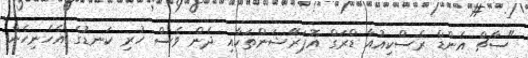
"ސާޗް އެންޑް ރެސްކިއުއާ ޑްރަގް އޮޕަރޭޝަންތަކާއި ދެން ވެސް ހުރި ކަނޑުގެ އެހެނިހެން